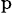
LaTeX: _\mathrm{p}